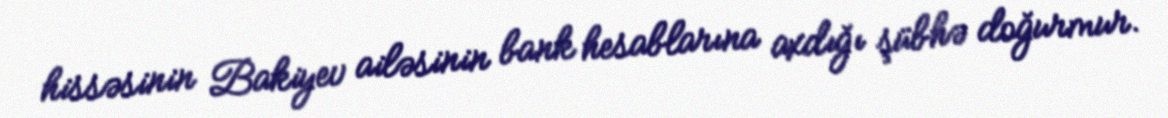
hissəsinin Bakiyev ailəsinin bank hesablarına axdığı şübhə doğurmur.